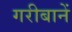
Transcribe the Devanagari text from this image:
गरीबानें